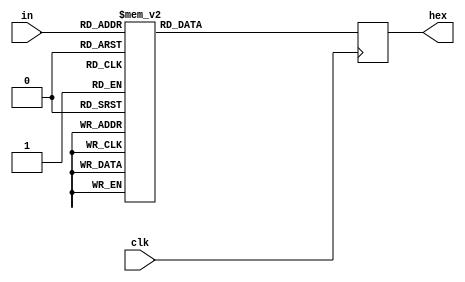
module seghex(
		input [3:0] in,
		input clk,
		output reg [7:0] hex
		);

		always @(posedge clk) begin
			case (in)
				4'h0:hex = ~8'b11111100;
				4'h1:hex = ~8'b01100000;
				4'h2:hex = ~8'b11011010;
				4'h3:hex = ~8'b11110010;
				4'h4:hex = ~8'b01100110;
				4'h5:hex = ~8'b10110110;
				4'h6:hex = ~8'b10111110;
				4'h7:hex = ~8'b11100000;
				4'h8:hex = ~8'b11111110;
				4'h9:hex = ~8'b11110110;
				4'ha:hex = ~8'b11101110;
				4'hb:hex = ~8'b00111110;
				4'hc:hex = ~8'b10011100;
				4'hd:hex = ~8'b01111010;
				4'he:hex = ~8'b10011110;
				4'hf:hex = ~8'b10001110;
			endcase
		end

endmodule